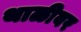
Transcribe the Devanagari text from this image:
थाळीवर